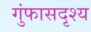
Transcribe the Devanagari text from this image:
गुंफासदृश्य